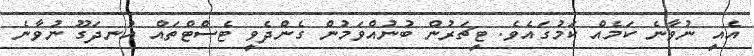
އެއީ ނުވާނެ ކަމެއް ކަމުގައެވެ. ޓީޗަރުން ބުނުއްވަމުން ގެންދެވީ ޓެސްޓްތައް އުނދަގޫ ނުވާނެ